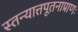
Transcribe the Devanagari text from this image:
स्तन्यात्तपूतनाप्राणः